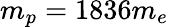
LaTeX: m_{p}=1836m_{e}